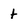
Character: t